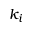
k _ { i }